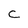
Character: C